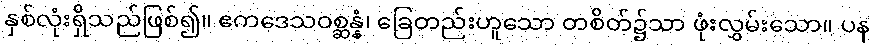
နှစ်လုံးရှိသည်ဖြစ်၍။ ဧကဒေသဝစ္ဆန္နံ၊ ခြေတည်းဟူသော တစိတ်၌သာ ဖုံးလွှမ်းသော။ ပန